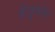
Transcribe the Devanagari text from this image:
हेतुमंत